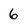
Character: 6